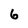
Character: 6